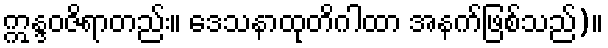
ဣန္ဒဝဇိရာတည်း။ ဒေသနာထုတိဂါထာ အနက်ဖြစ်သည်)။